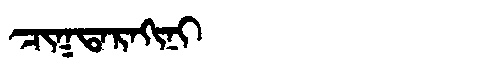
Manchu: ᠴᡳᡴᡨᠠᡵᠠᡴᡳᠨᡳ
Romanization: CIKTARAKINI